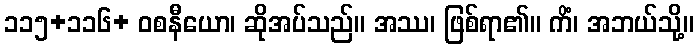
၁၁၅+၁၁၆+ ဝစနီယော၊ ဆိုအပ်သည်။ အဿ၊ ဖြစ်ရာ၏။ ကိံ၊ အဘယ်သို့။